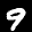
Digit: 9